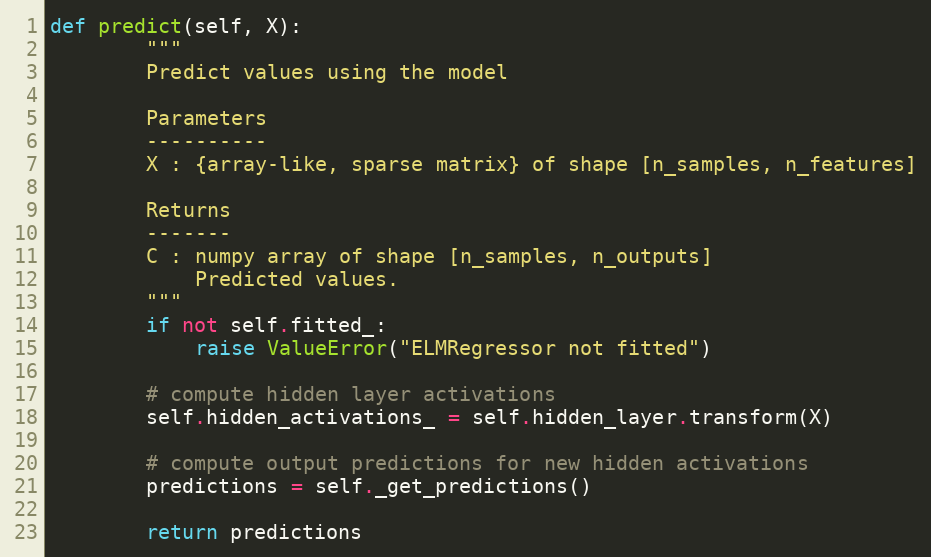
Language: Python
def predict(self, X):
        """
        Predict values using the model

        Parameters
        ----------
        X : {array-like, sparse matrix} of shape [n_samples, n_features]

        Returns
        -------
        C : numpy array of shape [n_samples, n_outputs]
            Predicted values.
        """
        if not self.fitted_:
            raise ValueError("ELMRegressor not fitted")

        # compute hidden layer activations
        self.hidden_activations_ = self.hidden_layer.transform(X)

        # compute output predictions for new hidden activations
        predictions = self._get_predictions()

        return predictions